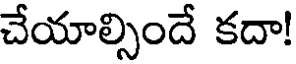
చేయాల్సిందే కదా!